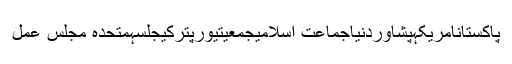
پاکستانامریکہپشاوردنیاجماعت اسلامیجمعیتیورپترکیجلسہمتحدہ مجلس عمل